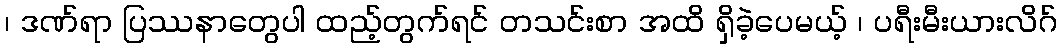
၊ ဒဏ်ရာ ပြဿနာတွေပါ ထည့်တွက်ရင် တသင်းစာ အထိ ရှိခဲ့ပေမယ့် ၊ ပရီးမီးယားလိဂ်